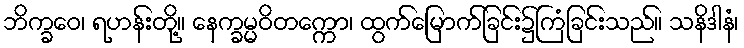
ဘိက္ခဝေ၊ ရဟန်းတို့။ နေက္ခမ္မဝိတက္ကော၊ ထွက်မြောက်ခြင်း၌ကြံခြင်းသည်။ သနိဒါနံ၊